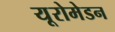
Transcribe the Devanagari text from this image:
यूरोमेडन